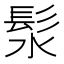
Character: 𪶰